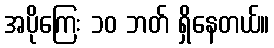
အပိုကြေး ၁၀ ဘတ် ရှိနေတယ်။